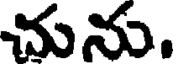
చును.